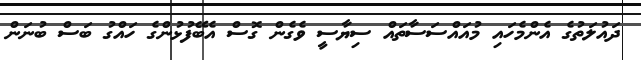
ދައުލަތުގެ އެންމެހައި މުއައްސަސާތައް ސިޔާސީ ވެގެން ގޮސް އެބޭފުޅުންގެ ހައްގު ބަސް ބުނަން